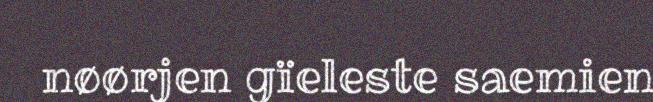
nøørjen gïeleste saemien